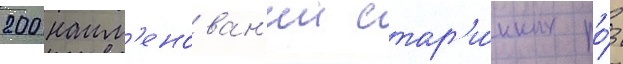
200 наим'енован'ии стар'и́нных ро́з